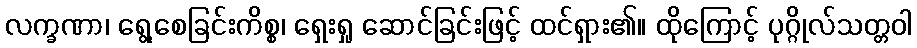
လက္ခဏာ၊ ရွေ့စေခြင်းကိစ္စ၊ ရှေးရှု ဆောင်ခြင်းဖြင့် ထင်ရှား၏။ ထိုကြောင့် ပုဂ္ဂိုလ်သတ္တဝါ